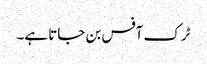
ٹرک آفس بن جاتا ہے۔